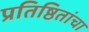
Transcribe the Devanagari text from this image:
प्रतिष्ठितांचा